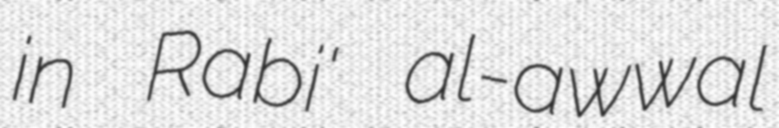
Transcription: in Rabi' al-awwal